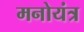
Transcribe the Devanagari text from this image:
मनोयंत्र